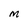
Character: M